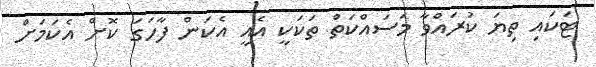
ޓަކައި ތިޔަ ކުރައްވާ މަަސައްކަތް ތަކަކީ އެއީ އެކަން ފާހަގަ ކޮށް އެކަމަށް